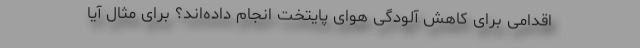
اقدامی برای کاهش آلودگی هوای پایتخت انجام داده‌اند؟ برای مثال آیا